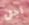
أجل